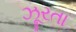
ઝૂરતા